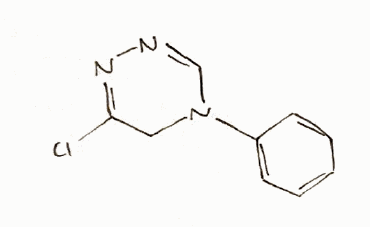
Simplified molecular-input line-entry system (SMILES) notation of the given molecule:
C1C(=NN=CN1C2=CC=CC=C2)Cl